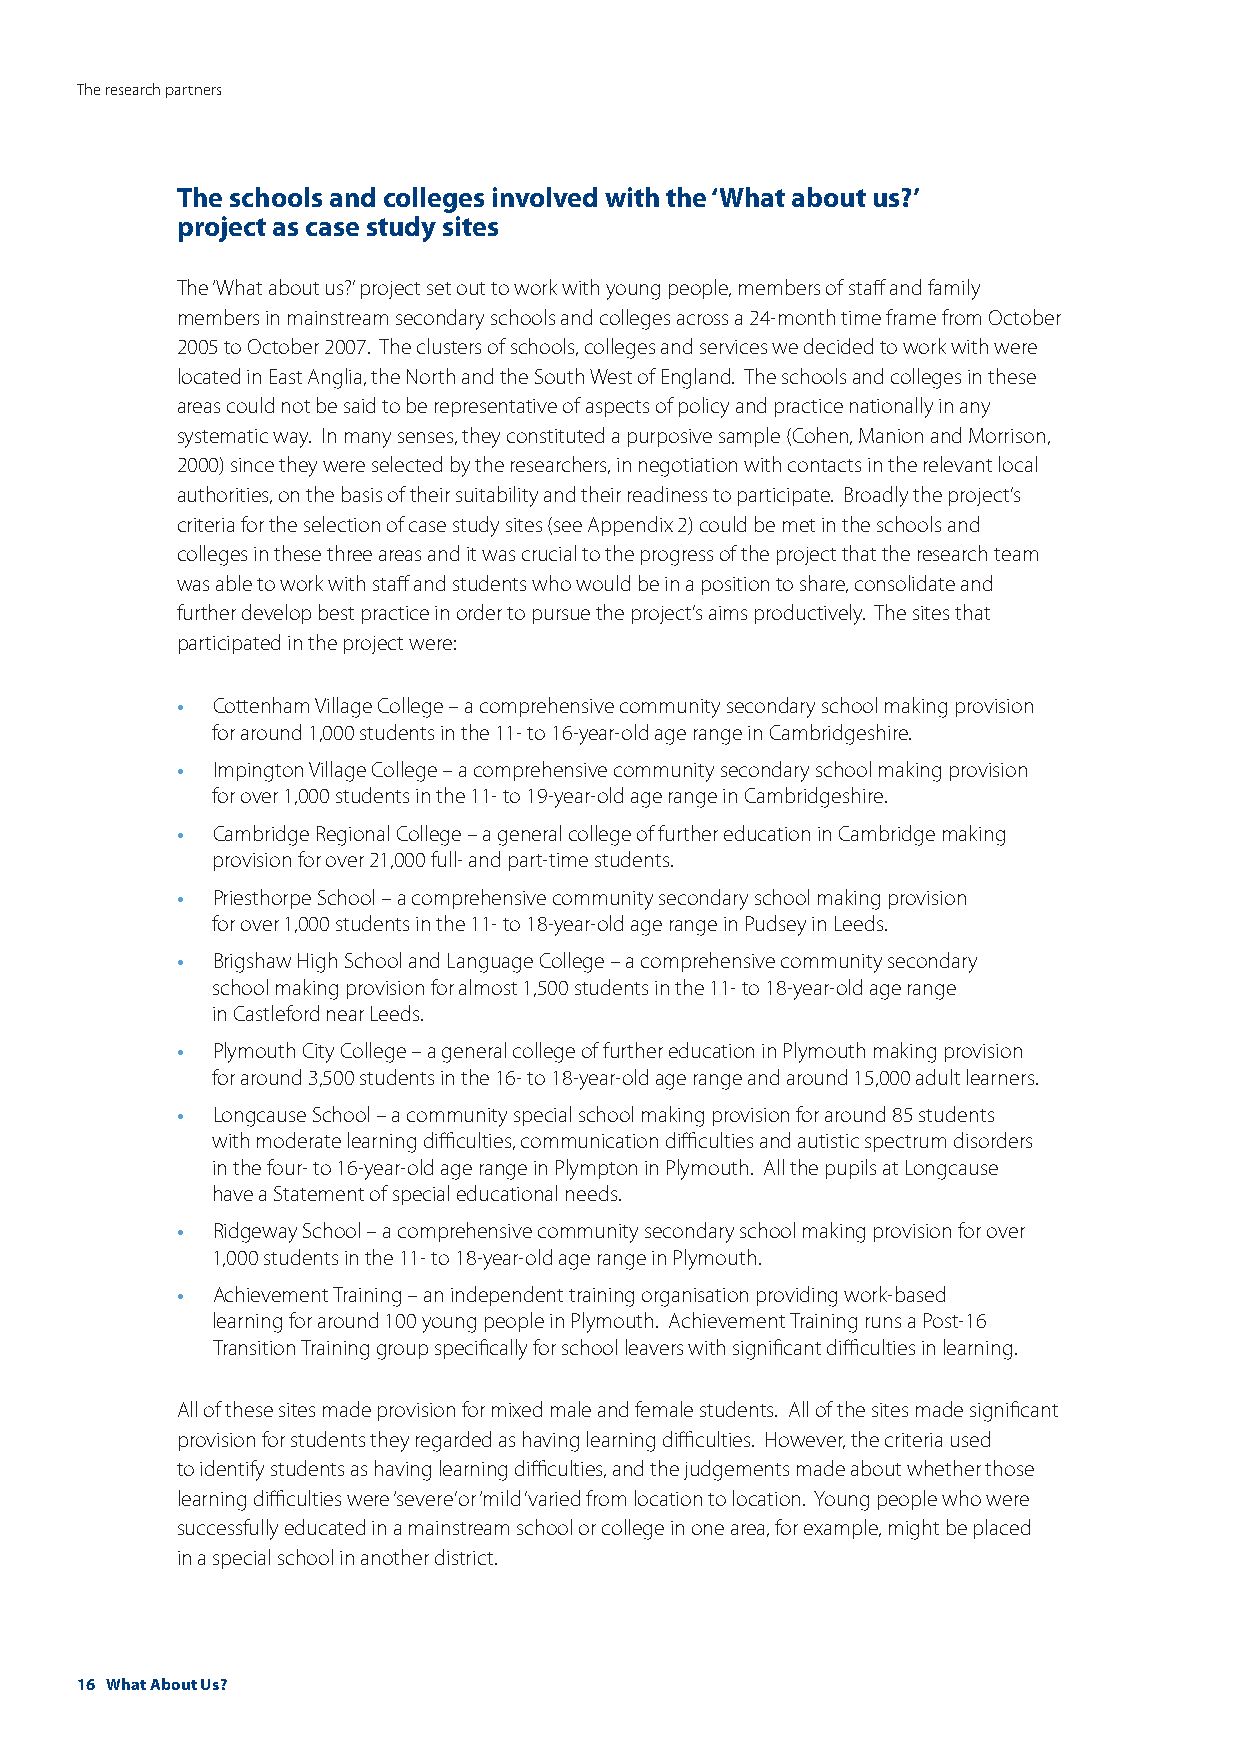
The research partners
 The schools and colleges involved with the ‘What about us?’
 project as case study sites
 The ‘What about us?’ project set out to work with young people, members of staff and family
 members in mainstream secondary schools and colleges across a 24-month time frame from October
 2005 to October 2007. The clusters of schools, colleges and services we decided to work with were
 located in East Anglia, the North and the South West of England. The schools and colleges in these
 areas could not be said to be representative of aspects of policy and practice nationally in any
 systematic way. In many senses, they constituted a purposive sample (Cohen, Manion and Morrison,
 2000) since they were selected by the researchers, in negotiation with contacts in the relevant local
 authorities, on the basis of their suitability and their readiness to participate. Broadly the project’s
 criteria for the selection of case study sites (see Appendix 2) could be met in the schools and
 colleges in these three areas and it was crucial to the progress of the project that the research team
 was able to work with staff and students who would be in a position to share, consolidate and
 further develop best practice in order to pursue the project’s aims productively. The sites that
 participated in the project were:
 •
 Cottenham Village College – a comprehensive community secondary school making provision
 for around 1,000 students in the 11- to 16-year-old age range in Cambridgeshire.
 •
 Impington Village College – a comprehensive community secondary school making provision
 for over 1,000 students in the 11- to 19-year-old age range in Cambridgeshire.
 •
 Cambridge Regional College – a general college of further education in Cambridge making
 provision for over 21,000 full- and part-time students.
 •
 Priesthorpe School – a comprehensive community secondary school making provision
 for over 1,000 students in the 11- to 18-year-old age range in Pudsey in Leeds.
 •
 Brigshaw High School and Language College – a comprehensive community secondary
 school making provision for almost 1,500 students in the 11- to 18-year-old age range
 in Castleford near Leeds.
 •
 Plymouth City College – a general college of further education in Plymouth making provision
 for around 3,500 students in the 16- to 18-year-old age range and around 15,000 adult learners.
 •
 Longcause School – a community special school making provision for around 85 students
 with moderate learning difficulties, communication difficulties and autistic spectrum disorders
 in the four- to 16-year-old age range in Plympton in Plymouth. All the pupils at Longcause
 have a Statement of special educational needs.
 •
 Ridgeway School – a comprehensive community secondary school making provision for over
 1,000 students in the 11- to 18-year-old age range in Plymouth.
 •
 Achievement Training – an independent training organisation providing work-based
 learning for around 100 young people in Plymouth. Achievement Training runs a Post-16
 Transition Training group specifically for school leavers with significant difficulties in learning.
 All of these sites made provision for mixed male and female students. All of the sites made significant
 provision for students they regarded as having learning difficulties. However, the criteria used
 to identify students as having learning difficulties, and the judgements made about whether those
 learning difficulties were ‘severe’ or ‘mild’ varied from location to location. Young people who were
 successfully educated in a mainstream school or college in one area, for example, might be placed
 in a special school in another district.
 16 What About Us?